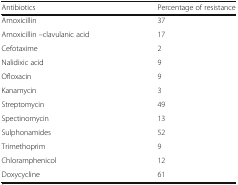
<table><thead><tr><td><b>Antibiotics</b></td><td><b>Percentage of resistance</b></td></tr></thead><tbody><tr><td>Amoxicillin</td><td>37</td></tr><tr><td>Amoxicillin –clavulanic acid</td><td>17</td></tr><tr><td>Cefotaxime</td><td>2</td></tr><tr><td>Nalidixic acid</td><td>9</td></tr><tr><td>Ofloxacin</td><td>9</td></tr><tr><td>Kanamycin</td><td>3</td></tr><tr><td>Streptomycin</td><td>49</td></tr><tr><td>Spectinomycin</td><td>13</td></tr><tr><td>Sulphonamides</td><td>52</td></tr><tr><td>Trimethoprim</td><td>9</td></tr><tr><td>Chloramphenicol</td><td>12</td></tr><tr><td>Doxycycline</td><td>61</td></tr></tbody></table>